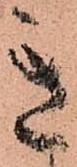
き